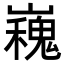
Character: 𭗪